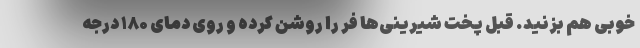
خوبی هم بزنید. قبل پخت شیرینی‌ها فر را روشن کرده و روی دمای ۱۸۰ درجه